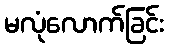
မလုံလောက်ခြင်း